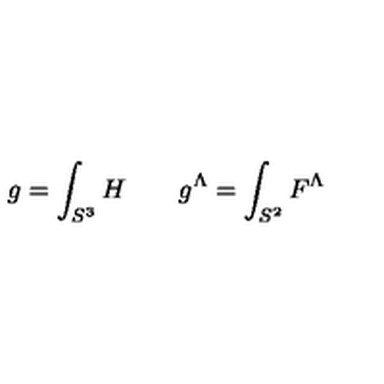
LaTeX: g = \int _ { S ^ { 3 } } H \quad \quad g ^ { \Lambda } = \int _ { S ^ { 2 } } F ^ { \Lambda }